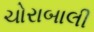
ચોરાબાલી